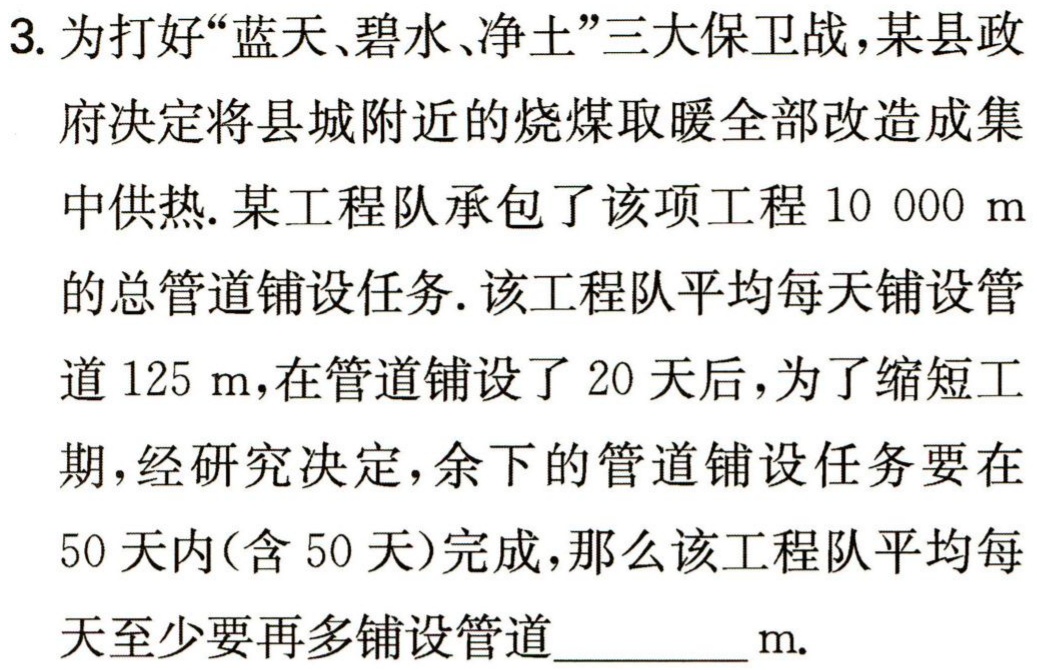
3. 为打好“蓝天、碧水、净土”三大保卫战，某县政府决定将县城附近的烧煤取暖全部改造成集中供热. 某工程队承包了该项工程$10\ 000\ \text{m}$的总管道铺设任务. 该工程队平均每天铺设管道$125\ \text{m}$，在管道铺设了$20$天后，为了缩短工期，经研究决定，余下的管道铺设任务要在$50$天内(含$50$天)完成，那么该工程队平均每天至少要再多铺设管道__________$\text{m}$.